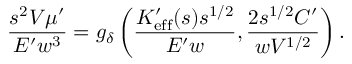
\frac { s ^ { 2 } V \mu ^ { \prime } } { E ^ { \prime } w ^ { 3 } } = g _ { \delta } \left( \frac { K _ { \mathrm { e f f } } ^ { \prime } ( s ) s ^ { 1 / 2 } } { E ^ { \prime } w } , \frac { 2 s ^ { 1 / 2 } C ^ { \prime } } { w V ^ { 1 / 2 } } \right) .